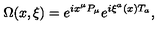
\Omega ( x , \xi ) = e ^ { i x ^ { \mu } P _ { \mu } } e ^ { i \xi ^ { a } ( x ) T _ { a } } ,